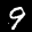
Label: 9